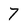
Character: 7